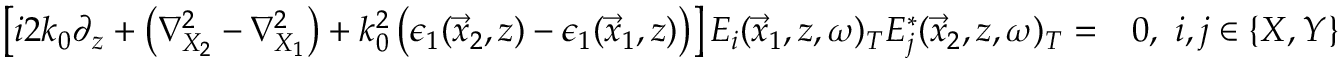
\begin{array} { r l } { \left[ i 2 k _ { 0 } \partial _ { z } + \left( \nabla _ { X _ { 2 } } ^ { 2 } - \nabla _ { X _ { 1 } } ^ { 2 } \right) + k _ { 0 } ^ { 2 } \left( \epsilon _ { 1 } ( \vec { x } _ { 2 } , z ) - \epsilon _ { 1 } ( \vec { x } _ { 1 } , z ) \right) \right] E _ { i } ( \vec { x } _ { 1 } , z , \omega ) _ { T } E _ { j } ^ { * } ( \vec { x } _ { 2 } , z , \omega ) _ { T } = } & { 0 , ~ i , j \in \{ X , Y \} } \end{array}